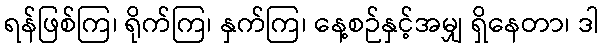
ရန်ဖြစ်ကြ၊ ရိုက်ကြ၊ နှက်ကြ၊ နေ့စဉ်နှင့်အမျှ ရှိနေတာ၊ ဒါ